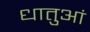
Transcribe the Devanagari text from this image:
धातुआं